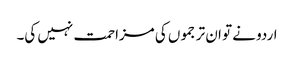
اردو نے تو ان ترجموں کی مزاحمت نہیں کی۔